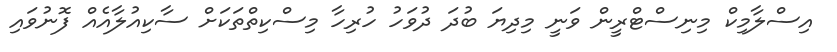
އިސްލާމިކް މިނިސްޓްރީން ވަނީ މިދިޔަ ބުދަ ދުވަހު ހުރިހާ މިސްކިތްތަކަށް ސާކިއުލާއެއް ފޮނުވައި